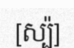
[ស្ប៉]